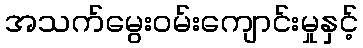
အသက်မွေးဝမ်းကျောင်းမှုနှင့်